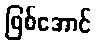
ဖြစ်အောင်